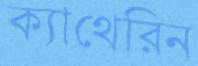
ক্যাথেরিন